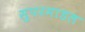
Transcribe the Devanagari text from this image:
सुपरमाडल